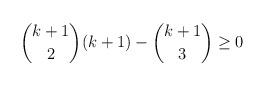
LaTeX: \begin{align*} \binom{k+1}{2}(k+1) - \binom{k+1}{3} \geq 0\end{align*}